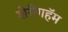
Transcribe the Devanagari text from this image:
शेरींगहॅम